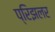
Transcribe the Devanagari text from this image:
प्रिझलर